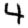
Digit: 4